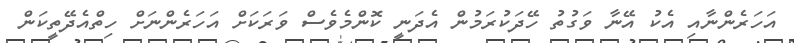
އަހަރެންނާއި އެކު އޭނާ ވަގުތު ހޭދަކުރަމުން އެދަނީ ކޮންމެވެސް ވަރަކަށް އަހަރެންނަށް ހިތްއެދޭތީކަން